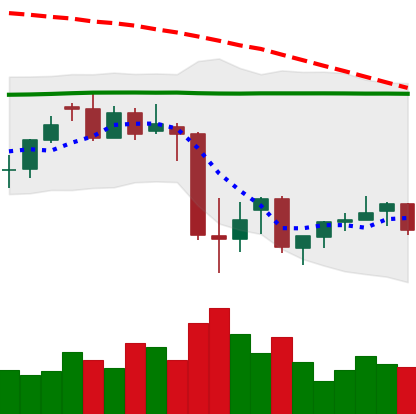
Ticker: XMR-USD
Chart end date: 2021-07-01
Forward return: 7.539%
Label: up_7plus